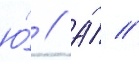
ю́ // А́ //